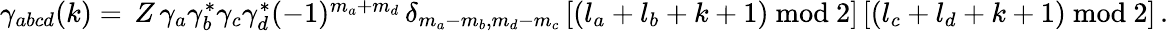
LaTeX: \begin{array}{r}{\gamma_{abcd}(k)=\, Z\, \gamma_{a}\gamma_{b}^{*}\gamma_{c}\gamma_{d}^{*}(-1)^{m_{a}+m_{d}}\, \delta_{m_{a}-m_{b},m_{d}-m_{c}}\, [(l_{a}+l_{b}+k+1)\mathrm{~mod~}2]\, [(l_{c}+l_{d}+k+1)\mathrm{~mod~}2]\, .}\end{array}